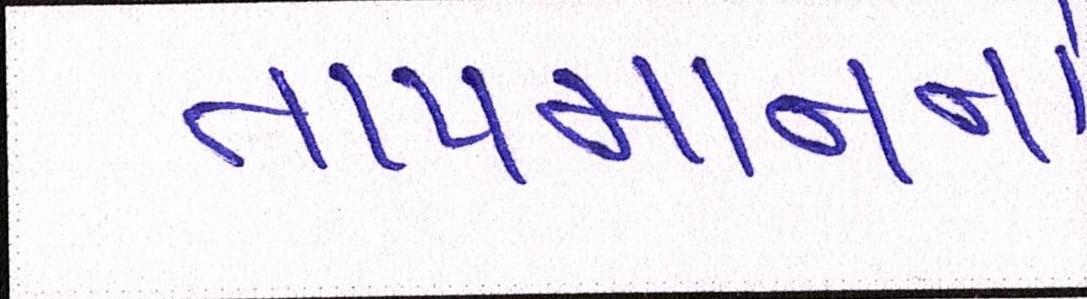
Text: તાપમાનનો